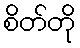
စိတ်တို